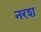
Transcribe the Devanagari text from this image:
नरश